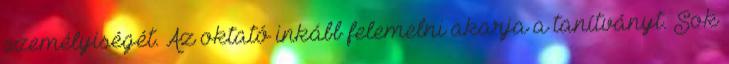
személyiségét. Az oktató inkább felemelni akarja a tanítványt. Sok